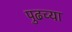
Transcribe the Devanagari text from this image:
पुढच्‍या